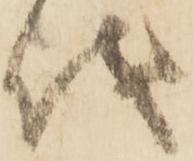
儀